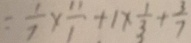
= \frac { 1 } { 7 } \times \frac { 1 1 } { 1 } + 1 \times \frac { 1 } { 3 } + \frac { 3 } { 7 }